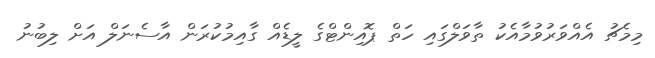
މިމެޗު އެއްވަރުވުމާއެކު ތާވަލްގައި ހަތް ޕޮއިންޓްގެ ލީޑެއް ގާއިމުކުރަން އާސެނަލް އަށް ލިބުނު